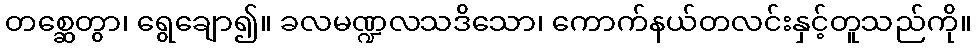
တစ္ဆေတွာ၊ ရွေချော၍။ ခလမဏ္ဍလသဒိသော၊ ကောက်နယ်တလင်းနှင့်တူသည်ကို။